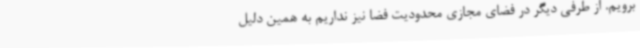
برویم. از طرفی دیگر در فضای مجازی محدودیت فضا نیز نداریم به همین دلیل